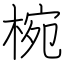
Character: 椀